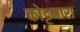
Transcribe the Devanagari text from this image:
कोट्टनारा